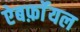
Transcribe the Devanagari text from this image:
ऐबर्फ़ाॅयल